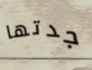
جدتها